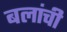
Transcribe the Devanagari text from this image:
बलांची